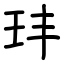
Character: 玤